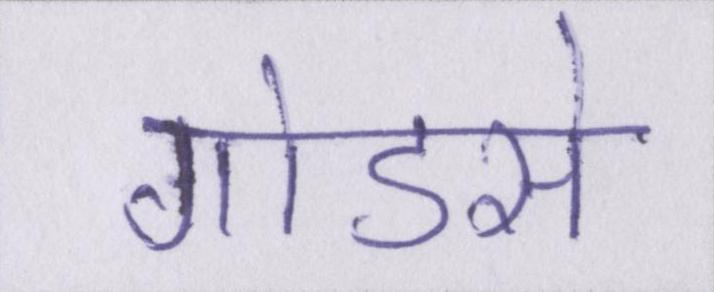
गोडसे